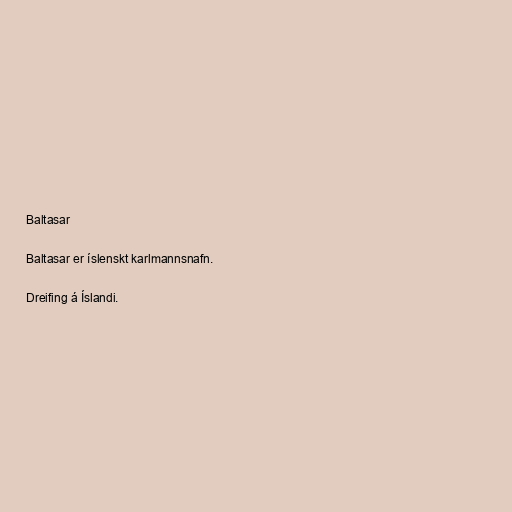
Baltasar

Baltasar er íslenskt karlmannsnafn.

Dreifing á Íslandi.